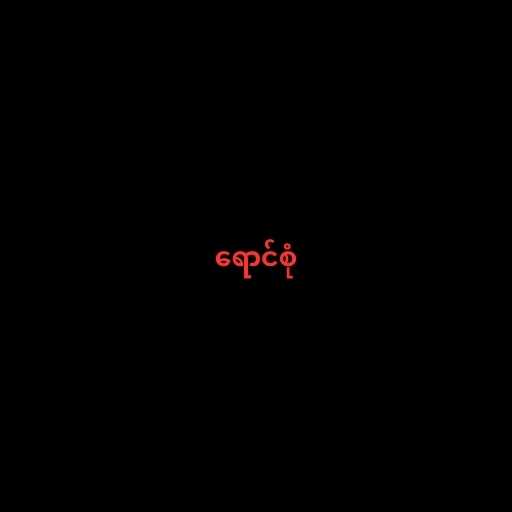
ရောင်စုံ